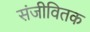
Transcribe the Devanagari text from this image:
संजीवितक